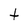
Character: t